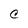
Character: C